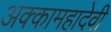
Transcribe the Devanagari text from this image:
अक्कामहादेवी